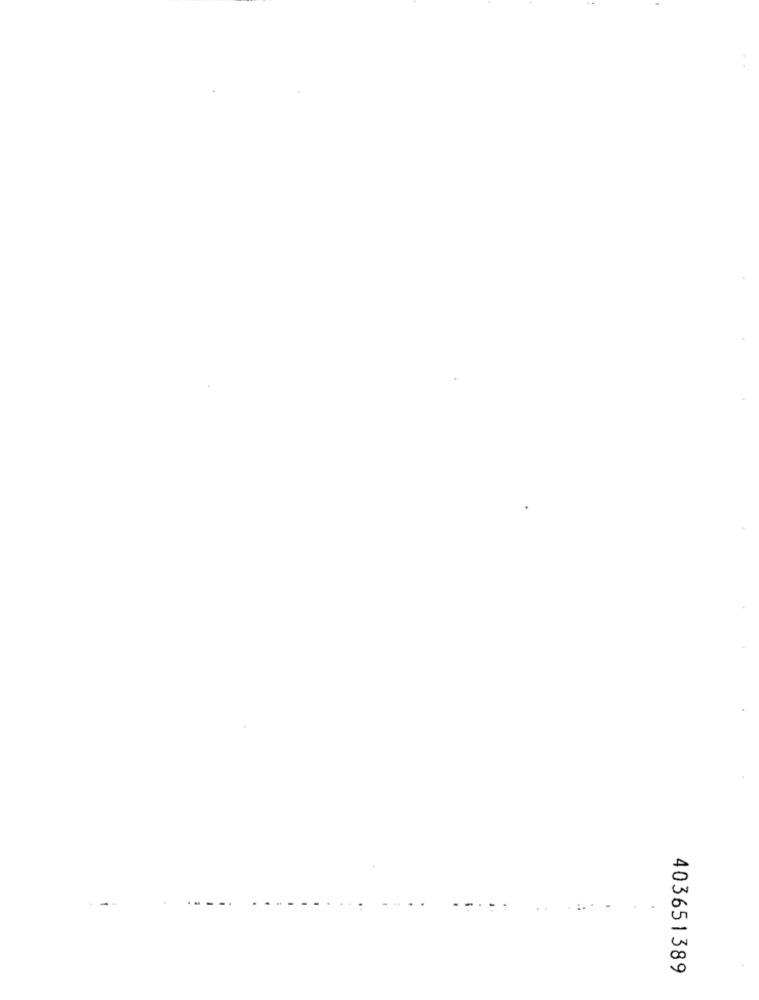
403651389